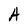
Character: A